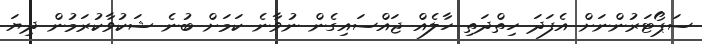
ސަޕޯޓަރުންނަށް އެފަދަ ހިތްދަތި ހާލެއް ޖައްސައިގެން ނުވާނެ ކަމަށް ބުނެ ޝަކުވާކުރަމުން ދިޔަ